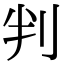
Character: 判